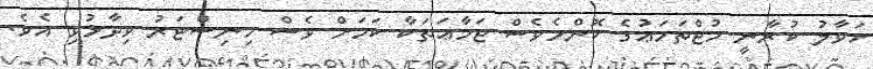
ހަވާލު ކުރާނީ މުޖްތަމަޢުގެ ކޮންމެވެސް ޖަމާޢަތަކާ ކަމަށް ވެސް މިނިސްޓަރު ވިދާޅުވި އެވެ.